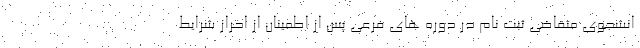
انشجوی متقاضی ثبت نام در دوره های فرعی پس از اطمینان از احراز شرایط